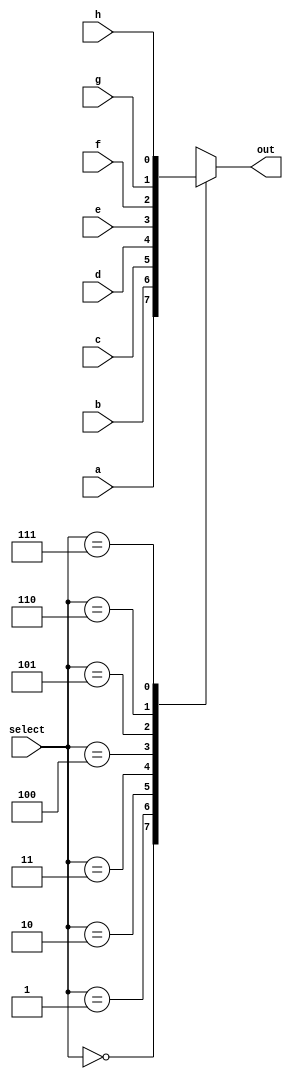
module mux8(input a,b,c,d,e,f,g,h,
            input [2:0] select,
            output reg out);

    //assign out = select[2] ? (select[1] ? (select[0] ? in[7] : in[6]) : (select[0] ? in[5] : in[4])) : (select[1] ? (select[0] ? in[3] : in[2]) : (select[0] ? in[1] : in[0])); 

    always @(a or b or c or d or e or f or g or h or select)begin
        case(select)
            3'b000 : out <= a;
            3'b001 : out <= b;
            3'b010 : out <= c;
            3'b011 : out <= d;
            3'b100 : out <= e;
            3'b101 : out <= f;
            3'b110 : out <= g;
            3'b111 : out <= h;
        endcase
    end

endmodule